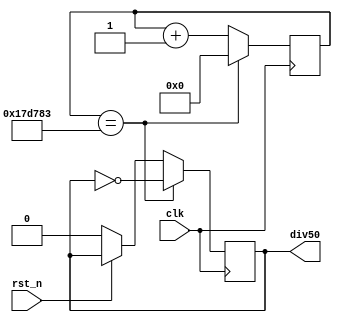
module clk_3125000(clk,rst_n,div50);
input clk,rst_n;
output reg div50;
reg[32:0]cnt;
always @(posedge clk)
begin
      if(!rst_n)begin cnt<=0;div50<=0;end
     if(cnt==32'd1562499)begin div50<=~div50;cnt<=0;end
     else begin cnt<=cnt+1;end
end
endmodule